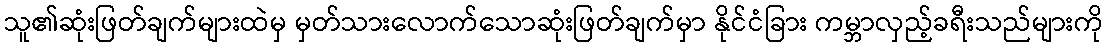
သူ၏ဆုံးဖြတ်ချက်များထဲမှ မှတ်သားလောက်သောဆုံးဖြတ်ချက်မှာ နိုင်ငံခြား ကမ္ဘာလှည့်ခရီးသည်များကို